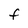
Character: f